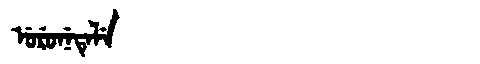
Manchu: ᡠᡵᡠᠨᡝᡨᡝᠯᡝ
Romanization: URUNETELE